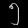
Digit: ၅